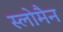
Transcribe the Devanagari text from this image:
स्लोमैन